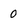
Character: 0